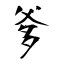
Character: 爹